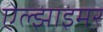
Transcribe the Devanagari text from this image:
ऐल्झाइमर